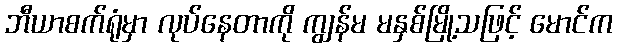
ဘီယာစက်ရုံမှာ လုပ်နေတာကို ကျွန်မ မနှစ်မြို့သဖြင့် မောင်က